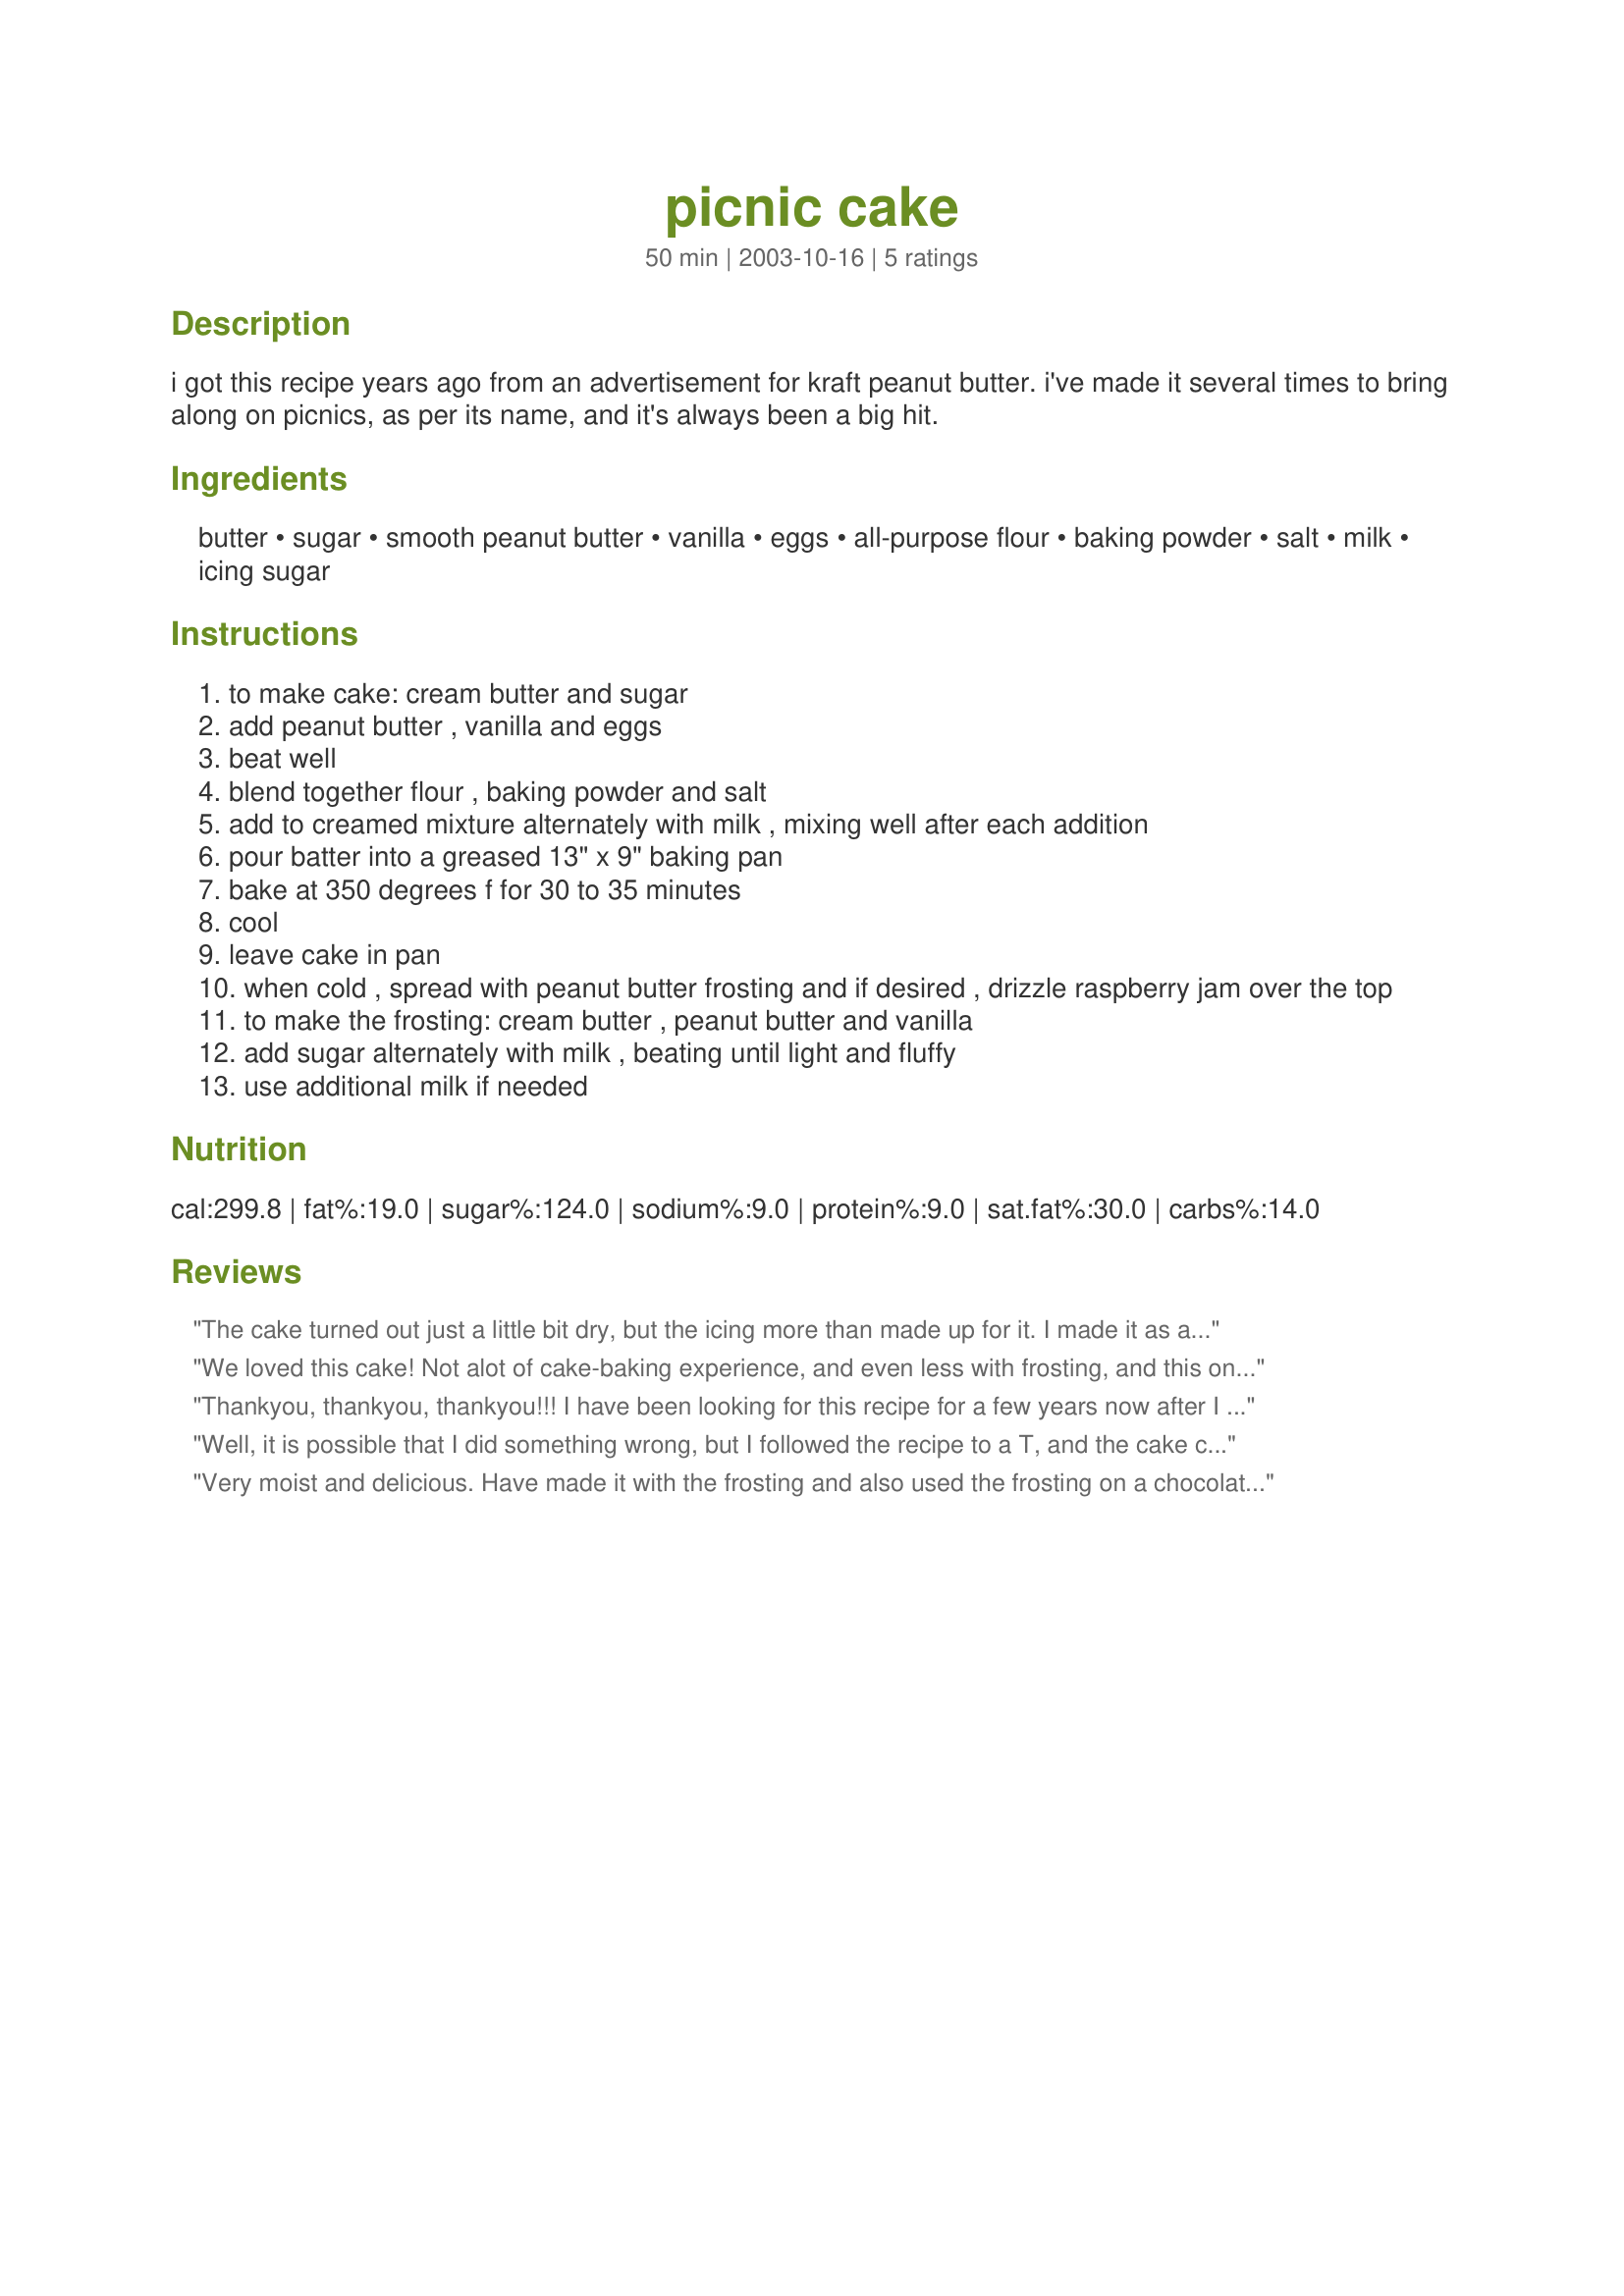
picnic cake
Preparation time: 50 minutes

i got this recipe years ago from an advertisement for kraft peanut butter. i've made it several times to bring along on picnics, as per its name, and it's always been a big hit.

Ingredients:
butter, sugar, smooth peanut butter, vanilla, eggs, all-purpose flour, baking powder, salt, milk, icing sugar

Steps:
to make cake: cream butter and sugar
add peanut butter , vanilla and eggs
beat well
blend together flour , baking powder and salt
add to creamed mixture alternately with milk , mixing well after each addition
pour batter into a greased 13" x 9" baking pan
bake at 350 degrees f for 30 to 35 minutes
cool
leave cake in pan
when cold , spread with peanut butter frosting and if desired , drizzle raspberry jam over the top
to make the frosting: cream butter , peanut butter and vanilla
add sugar alternately with milk , beating until light and fluffy
use additional milk if needed

Reviews:
The cake turned out just a little bit dry, but the icing more than made up for it. I made it as a layer cake with chocolate filling and the peanut butter icing. Very delicious.
We loved this cake! Not alot of cake-baking experience, and even less with frosting, and this one made me look like an expert. Very moist, frosting was just right-not overpowering. Do try this one for a very satisfying cake.
Thankyou, thankyou, thankyou!!! I have been looking for this recipe for a few years now after I lost my copy. It is my very favorite cake, always moist, always delicious. I have always sprinkled chopped walnut meats on the top of the icing instead of the jam. thanks again for a great recipe!
Well, it is possible that I did something wrong, but I followed the recipe to a T, and the cake came out dry. The frosting was fantastic, though. Sadley, nobody at the picnic touched the cake, except for one girl who I think just felt bad that nobody would eat it! I had some, and it just wasn't right. I may try this again, just to make sure I did everything right. Thank you anyway for the recipe.
Very moist and delicious. Have made it with the frosting and also used the frosting on a chocolate cake. Thanks for the contribution. :)
